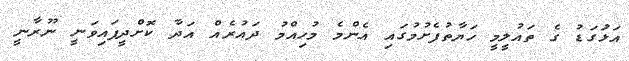
އަޅުަގަޑު ގެ ތައުލީމީ ހަޔާތުފެށުމުގައި އެންމެ މުހިއްމު ދައުރެއް އަދާ ކޮށްދީފައިވަނީ ނޫރާނީ